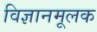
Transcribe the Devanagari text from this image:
विज्ञानमूलक